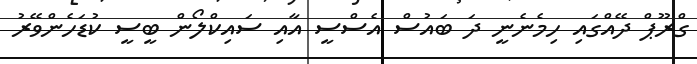
ގްރޫޕް ދޭއްގައި ހިމެނެނީ ދަ ބައުސް އެސްސީ އާއި ސައިކްލޯން ބީސީ ކުޑަހެންވޭރު